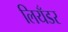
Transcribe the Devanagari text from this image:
लियँडर